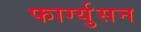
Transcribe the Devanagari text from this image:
फार्ग्युसन